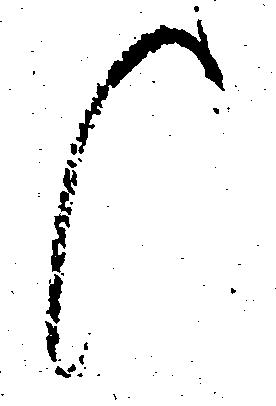
候